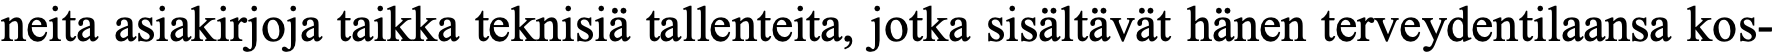
neita asiakirjoja taikka teknisiä tallenteita, jotka sisältävät hänen terveydentilaansa kos-